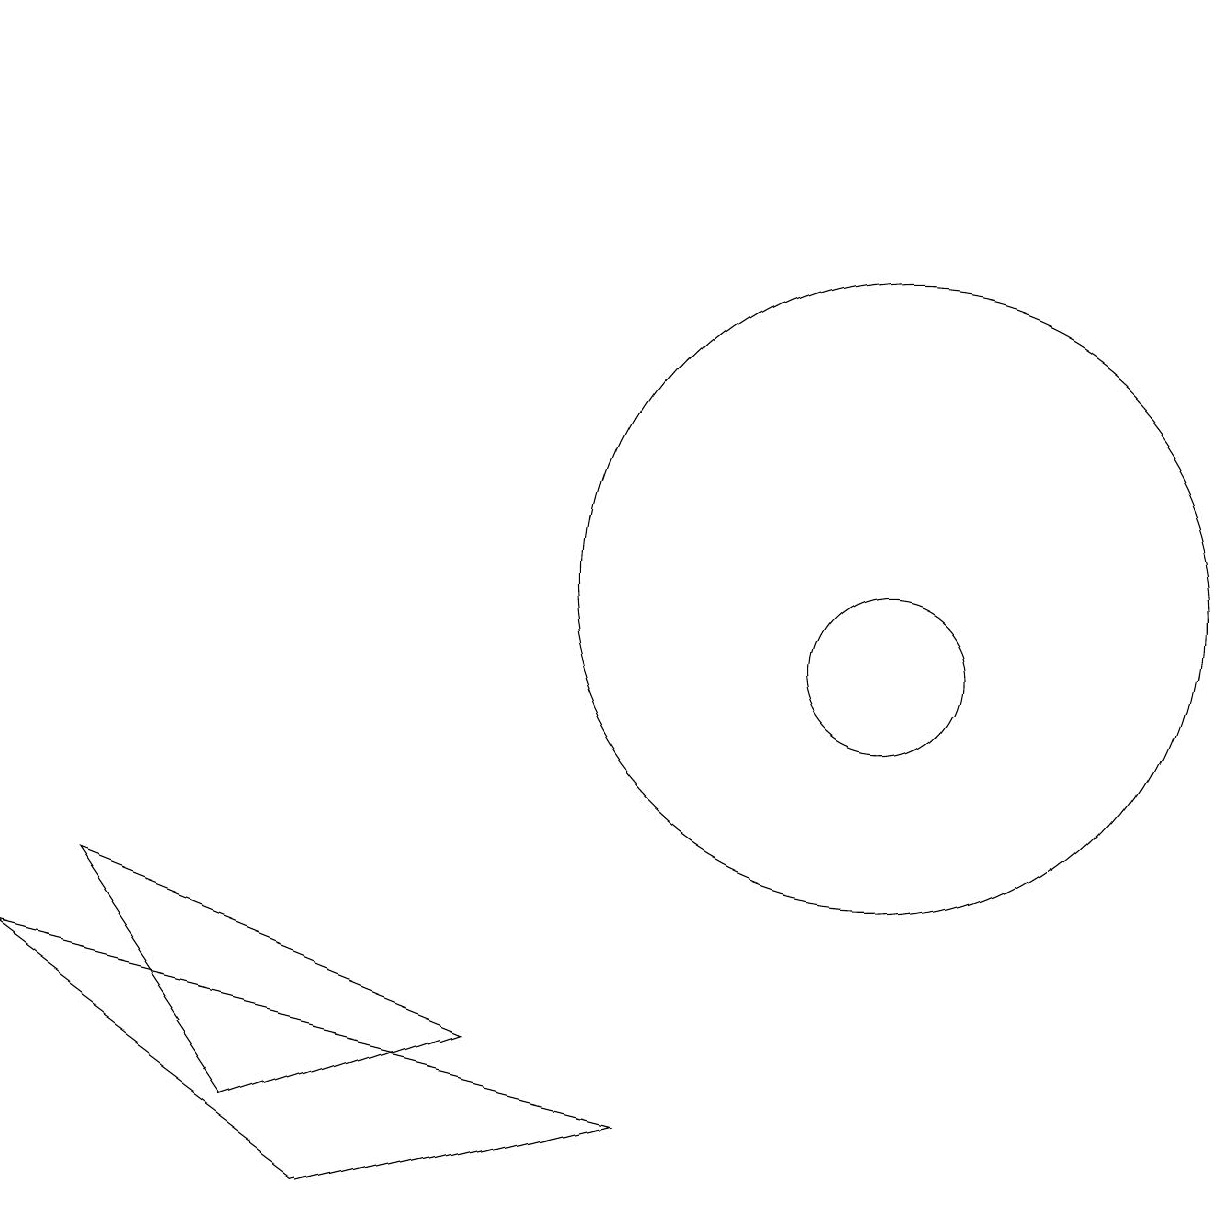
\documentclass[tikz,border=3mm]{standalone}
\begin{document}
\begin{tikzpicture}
\draw (2,18) rectangle (0,18);
\draw (0,6) -- (8,4) -- (4,3) -- cycle;
\draw (11,11) circle (4);
\draw (11,10) circle (1);
\draw (6,5) -- (1,7) -- (3,4) -- cycle;
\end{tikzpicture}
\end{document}